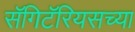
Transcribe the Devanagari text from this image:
सॅगिटॅरियसच्या